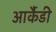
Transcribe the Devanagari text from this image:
आर्कैडी